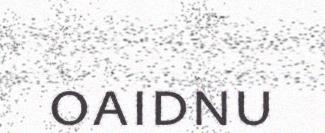
oaidnu